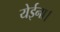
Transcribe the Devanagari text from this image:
येईना।